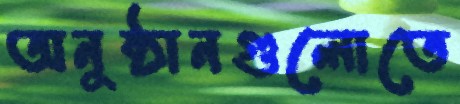
অনুষ্ঠানগুলোতে